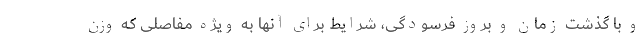
و با گذشت زمان و بروز فرسودگی، شرایط برای آنها به ویژه مفاصلی که وزن